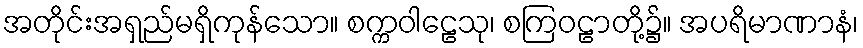
အတိုင်းအရှည်မရှိကုန်သော။ စက္ကဝါဠေသု၊ စကြဝဠာတို့၌။ အပရိမာဏာနံ၊